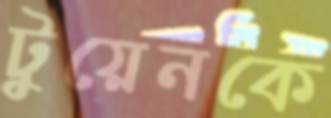
টুয়েনকে